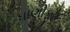
ધાણીફૂટ